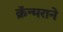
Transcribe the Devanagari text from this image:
क्रॅन्मराने